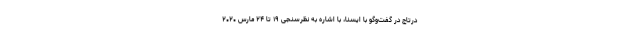
درتاج در گفت‌وگو با ایسنا، با اشاره به نظرسنجی ۱۹ تا ۲۴ مارس ۲۰۲۰